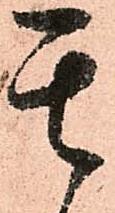
其